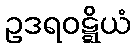
ဥဒရဝဋ္ဋိယံ